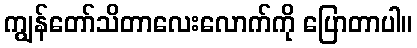
ကျွန်တော်သိတာလေးလောက်ကို ပြောတာပါ။